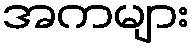
အကများ